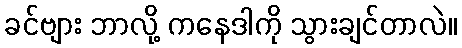
ခင်ဗျား ဘာလို့ ကနေဒါကို သွားချင်တာလဲ။